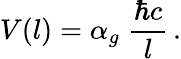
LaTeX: V(l)=\alpha_{g}\; \frac{\hbar c}{l}\, .